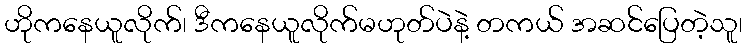
ဟိုကနေယူလိုက်၊ ဒီကနေယူလိုက်မဟုတ်ပဲနဲ့ တကယ် အဆင်ပြေတဲ့သူ၊